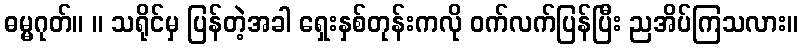
ဓမ္မဂုတ်။ ။ သရိုင်မှ ပြန်တဲ့အခါ ရှေးနှစ်တုန်းကလို ဝက်လက်ပြန်ပြီး ညအိပ်ကြသလား။